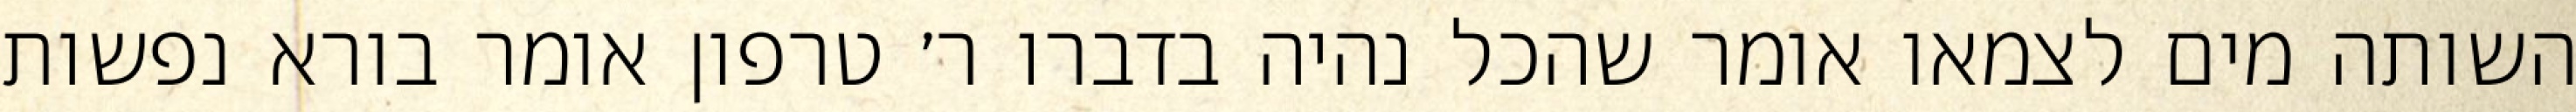
השותה מים לצמאו אומר שהכל נהיה בדברו ר׳ טרפון אומר בורא נפשות